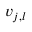
v _ { j , l }